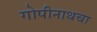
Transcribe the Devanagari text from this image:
गोपीनाथचा